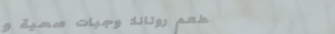
مطعم روتانا: وجبات صحية و